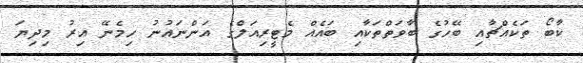
ކާބޯ ތަކެއްޗާއި ބޭހުގެ ބާވަތްތަކާއި ބައެއް މެޓީރިއަލްގެ އަންނައުނު ހިމެނޭ އިރު މިދިޔަ